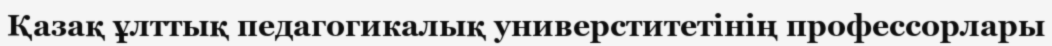
Қазақ ұлттық педагогикалық универститетінің профессорлары